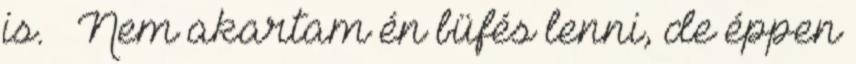
is. – Nem akartam én büfés lenni, de éppen